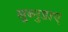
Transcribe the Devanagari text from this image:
सुब्नुडाए